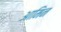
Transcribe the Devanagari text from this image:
आमिन